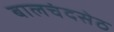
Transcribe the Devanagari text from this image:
बालचंदसेठ